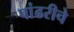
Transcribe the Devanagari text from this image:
पांढरीचे